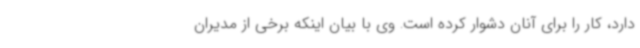
دارد، کار را برای آنان دشوار کرده است. وی با بیان اینکه برخی از مدیران